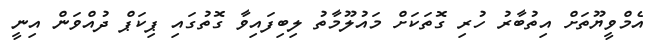
އެމްވީޔޫތަށް އިތުބާރު ހުރި ގޮތަކަށް މައުލޫމާތު ލިބިފައިވާ ގޮތުގައި ޕިކަޕް ދުއްވަން އިނީ